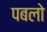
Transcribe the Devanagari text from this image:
पबलो